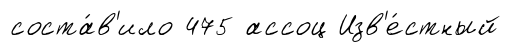
соста́в'ило 475 ассоц Изв'е́стный